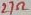
Text: 27Ω